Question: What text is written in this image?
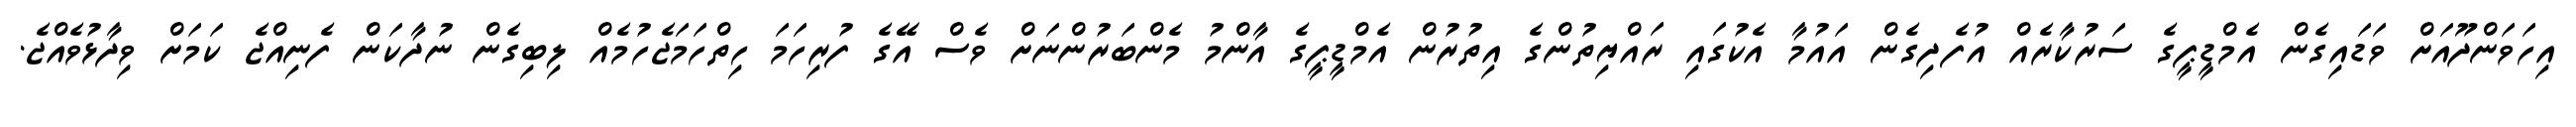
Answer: އިހަވަންދޫއަށް ވަޑައިގެން އެމްޑީޕީގެ ސަރުކާރެއް އުފެދިގެން އައުމާ އެކުގައި ރައްޔިތުންގެ އިތުރުން އެމްޑީޕީގެ އާންމު މެންބަރުންނަށް ވެސް އޭގެ ފުރިހަމަ ހިތްހަމަޖެހުމެއް ލިބިގެން ނުދާކަން ފެނިއްޖެ ކަމަށް ވިދާޅުވެއްޖެ.